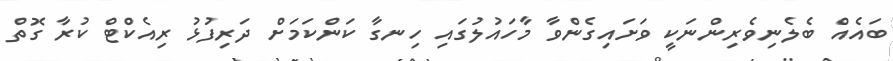
ބައެއް ބެލެނިވެރިންނަކީ ވަށައިގެންވާ މާހައުލުގައި ހިނގާ ކަންކަމަށް ދަރިފުޅު ރިއެކްޓް ކުރާ ގޮތް